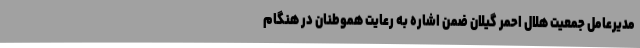
مدیرعامل جمعیت هلال احمر گیلان ضمن اشاره به رعایت هموطنان در هنگام